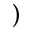
)